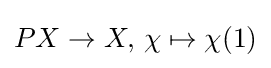
PX\to X,\,\chi \mapsto \chi (1)